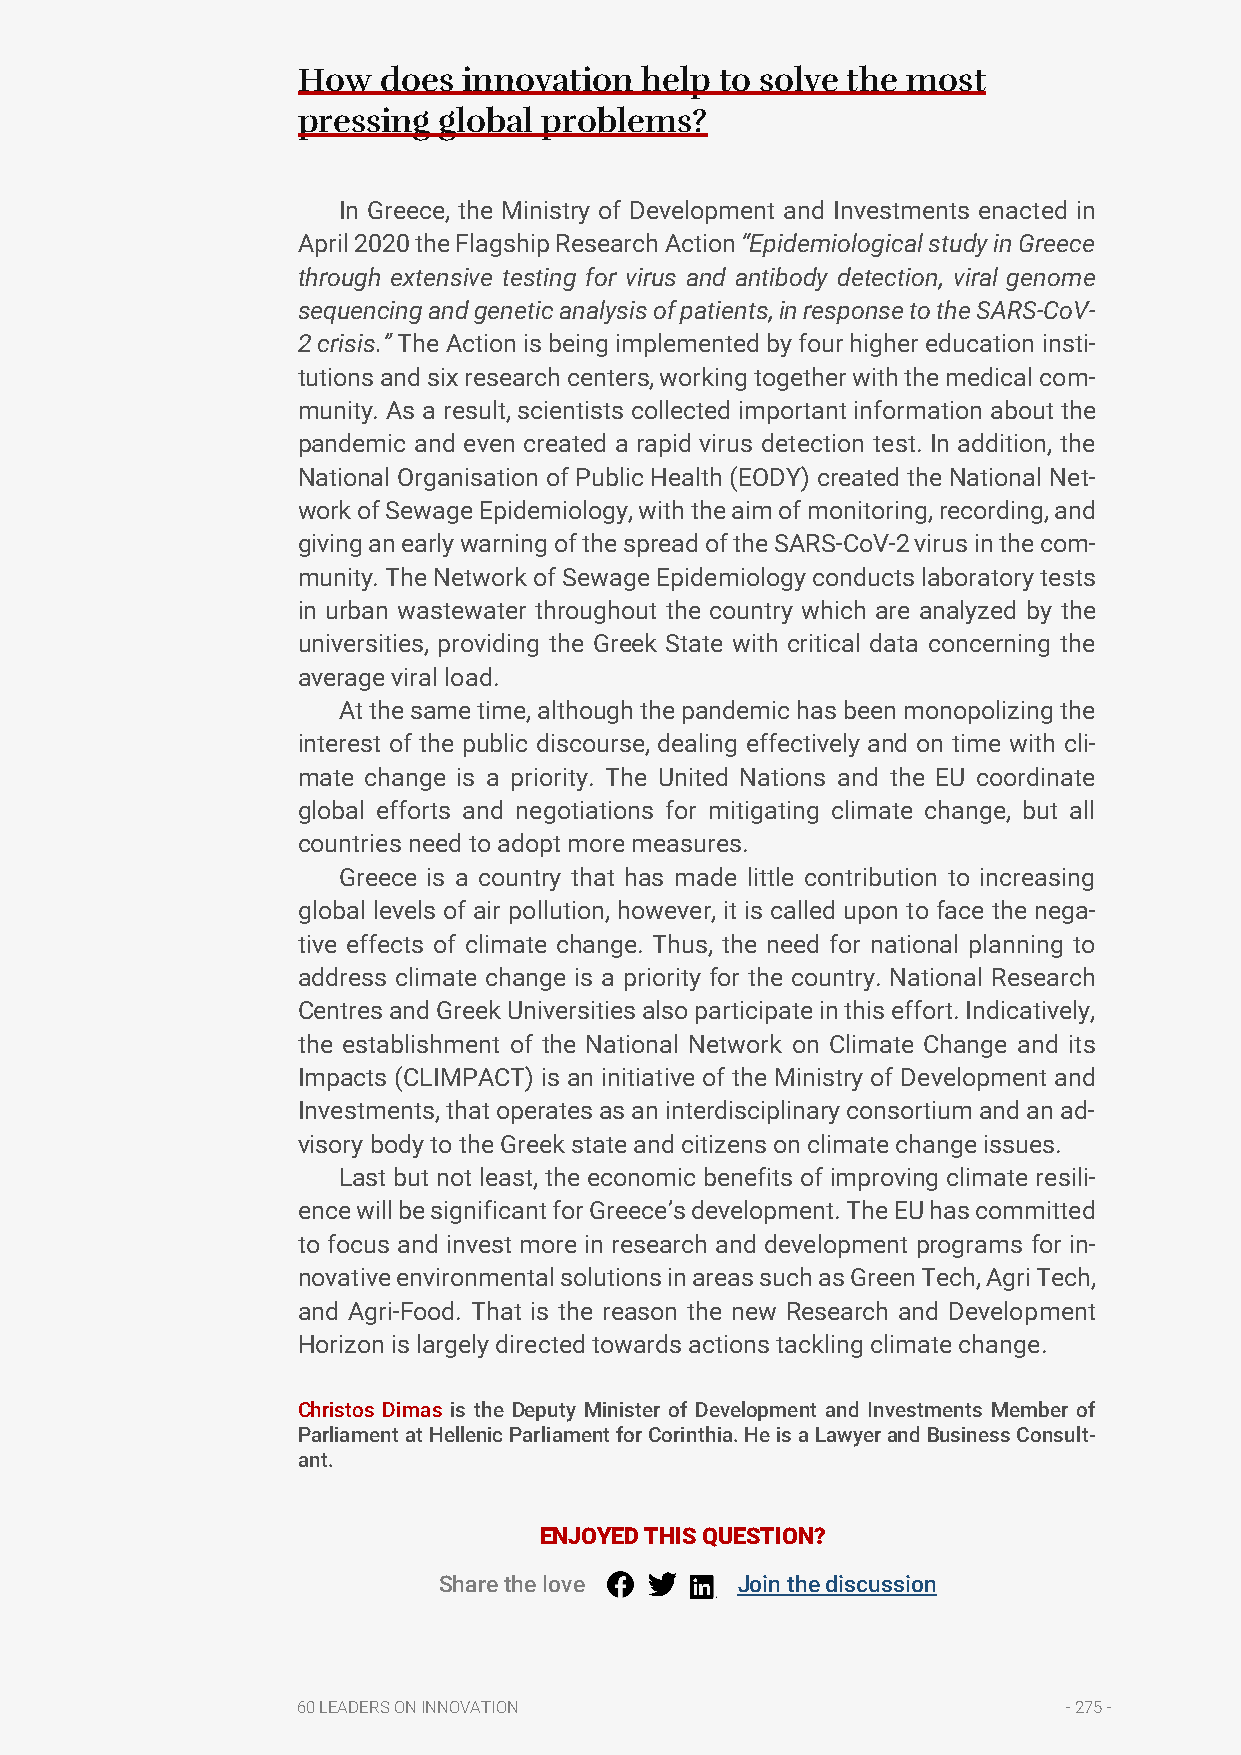
How  does  innovation help  to solve the most
 pressing global problems?
 In Greece, the Ministry of Development and Investments enacted in
 April 2020 the Flagship Research Action “Epidemiological study in Greece
 through extensive testing for virus and antibody detection, viral genome
 sequencing and genetic analysis of patients, in response to the SARS-CoV-
 2 crisis.” The Action is being implemented by four higher education insti-
 tutions and six research centers, working together with the medical com-
 munity. As a result, scientists collected important information about the
 pandemic and even created a rapid virus detection test. In addition, the
 National Organisation of Public Health (EODY) created the National Net-
 work of Sewage Epidemiology, with the aim of monitoring, recording, and
 giving an early warning of the spread of the SARS-CoV-2 virus in the com-
 munity. The Network of Sewage Epidemiology conducts laboratory tests
 in urban wastewater throughout the country which are analyzed by the
 universities, providing the Greek State with critical data concerning the
 average viral load.
 At the same time, although the pandemic has been monopolizing the
 interest of the public discourse, dealing effectively and on time with cli-
 mate change is a priority. The United Nations and the EU coordinate
 global efforts and negotiations for mitigating climate change, but all
 countries need to adopt more measures.
 Greece is a country that has made little contribution to increasing
 global levels of air pollution, however, it is called upon to face the nega-
 tive effects of climate change. Thus, the need for national planning to
 address climate change is a priority for the country. National Research
 Centres and Greek Universities also participate in this effort. Indicatively,
 the establishment of the National Network on Climate Change and its
 Impacts (CLIMPACT) is an initiative of the Ministry of Development and
 Investments, that operates as an interdisciplinary consortium and an ad-
 visory body to the Greek state and citizens on climate change issues.
 Last but not least, the economic benefits of improving climate resili-
 ence will be significant for Greece’s development. The EU has committed
 to focus and invest more in research and development programs for in-
 novative environmental solutions in areas such as Green Tech, Agri Tech,
 and Agri-Food. That is the reason the new Research and Development
 Horizon is largely directed towards actions tackling climate change.
 Christos Dimas is the Deputy Minister of Development and Investments Member of
 Parliament at Hellenic Parliament for Corinthia. He is a Lawyer and Business Consult-
 ant.
 ENJOYED THIS QUESTION?
 Share the love      Join the discussion
 60 LEADERS ON INNOVATION                           - 275 -